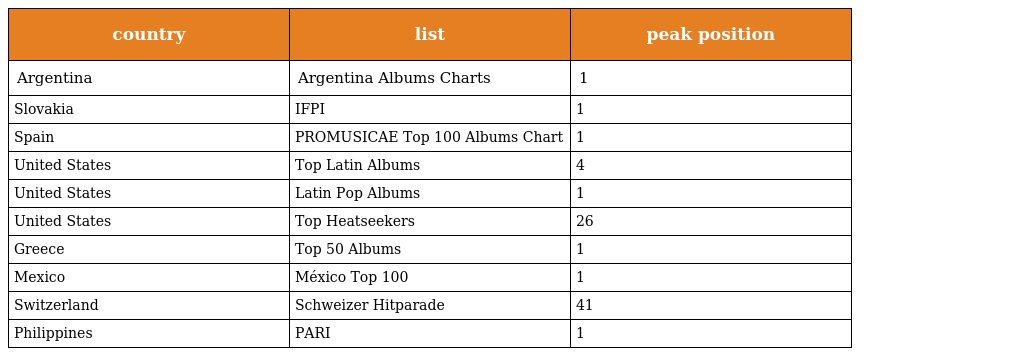
| country | list | peak position |
 | --- | --- | --- |
 | Argentina | Argentina Albums Charts | 1 |
 | Slovakia | IFPI | 1 |
 | Spain | PROMUSICAE Top 100 Albums Chart | 1 |
 | United States | Top Latin Albums | 4 |
 | United States | Latin Pop Albums | 1 |
 | United States | Top Heatseekers | 26 |
 | Greece | Top 50 Albums | 1 |
 | Mexico | México Top 100 | 1 |
 | Switzerland | Schweizer Hitparade | 41 |
 | Philippines | PARI | 1 |